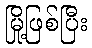
မြို့ဖြစ်ပြီး